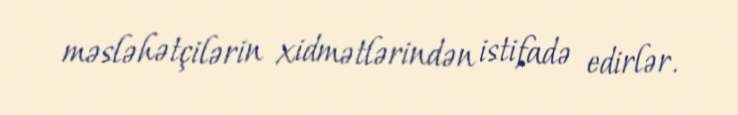
məsləhətçilərin xidmətlərindən istifadə edirlər.